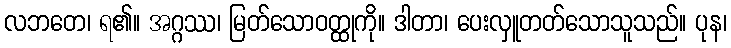
လဘတေ၊ ရ၏။ အဂ္ဂဿ၊ မြတ်သောဝတ္ထုကို။ ဒါတာ၊ ပေးလှူတတ်သောသူသည်။ ပုန၊